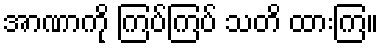
အာဏာကို ကြပ်ကြပ် သတိ ထားကြ။